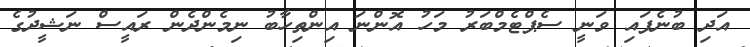
އަދި ބުނެފައި ވަނީ ސެޕްޓެމްބަރު މަހު އޮންނަ އިންތިހާބު ނިމެންދެން ރައީސް ނަޝީދުގެ